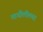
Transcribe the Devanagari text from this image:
माथीलीलया